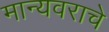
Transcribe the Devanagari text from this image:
मान्यवराचे